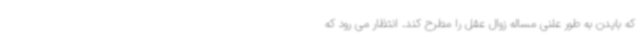
که بایدن به طور علنی مساله زوال عقل را مطرح کند. انتظار می رود که